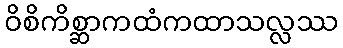
ဝိစိကိစ္ဆာကထံကထာသလ္လဿ